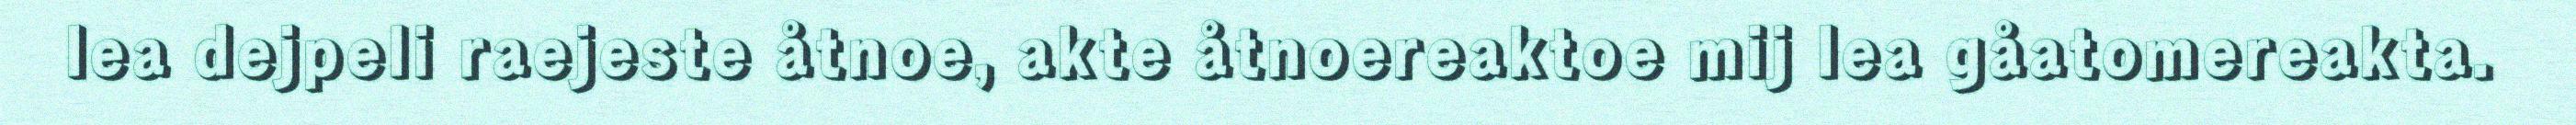
lea dejpeli raejeste åtnoe, akte åtnoereaktoe mij lea gåatomereakta.